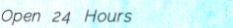
Open 24 Hours